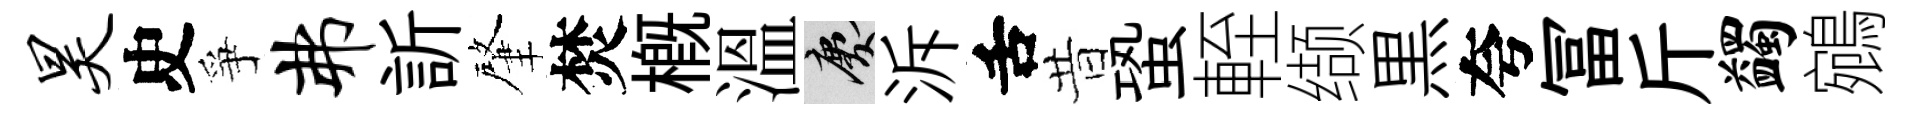
昊史爭弗訢肇焚槪溫慶泝舌昔蛩輊缬黒夸冨斤蠲鵷